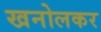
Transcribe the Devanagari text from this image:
खनोलकर